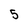
Character: 5